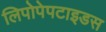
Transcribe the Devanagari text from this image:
लिपोपेपटाइडस